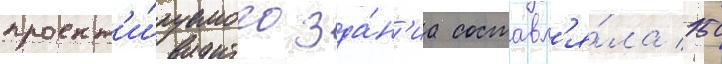
проект'и́руемого зда́н'иа составл'я́ла 150